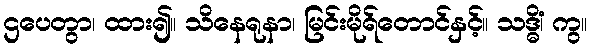
ဌပေတွာ၊ ထား၍။ သိနေရုနာ၊ မြင်းမိုရ်တောင်နှင့်။ သဒ္ဓိံ၊ ကွ။